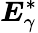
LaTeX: \boldsymbol{E}_{\gamma}^{\ast}